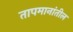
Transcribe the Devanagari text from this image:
तापमानांतील